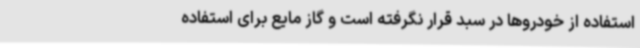
استفاده از خودروها در سبد قرار نگرفته است و گاز مایع برای استفاده